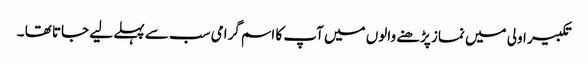
تکبیر اولی میں نماز پڑھنے والوں میں آپ کا اسم گرامی سب سے پہلے لیے جاتا تھا ۔